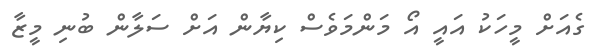
ގެއަށް މީހަކު އައީ އޯ މަންމަވެސް ކިޔާން އަށް ސަލާން ބުނި މީޒާ